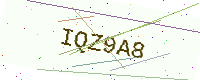
Text: IQZ9A8